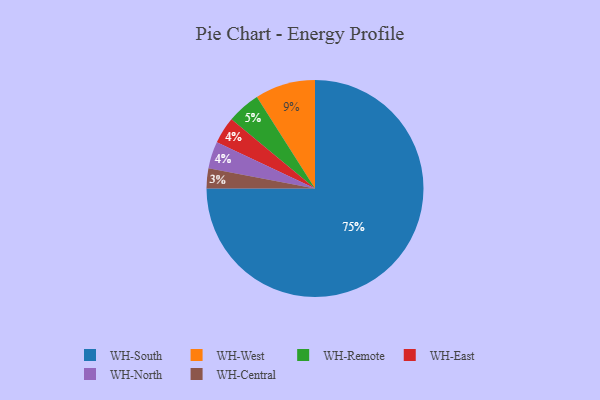
{"axis": {"x": "Category", "y": "Percentage"}, "legend": ["WH-Central", "WH-East", "WH-North", "WH-Remote", "WH-South", "WH-West"], "data": [{"x": "WH-East", "y": 4, "type": "WH-East"}, {"x": "WH-Remote", "y": 5, "type": "WH-Remote"}, {"x": "WH-West", "y": 9, "type": "WH-West"}, {"x": "WH-North", "y": 4, "type": "WH-North"}, {"x": "WH-Central", "y": 3, "type": "WH-Central"}, {"x": "WH-South", "y": 75, "type": "WH-South"}]}